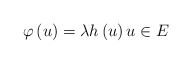
\begin{align*}\varphi \left( u\right) =\lambda h\left( u\right) u\in E\end{align*}